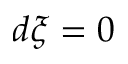
d \xi = 0